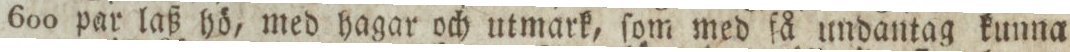
600 par laß hö, med hagar och utmark, ſom med få undantag kunna